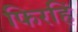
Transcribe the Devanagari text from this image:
फिरहिं